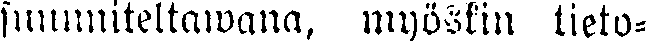
suunuiteltawana, myöskin tieto-